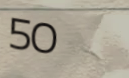
50%